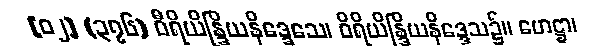
[၀၂] (၃၇၆) ဝီရိယိန္ဒြိယနိဒ္ဒေသေ၊ ဝိရိယိန္ဒြိယနိဒ္ဒေသ၌။ ဟေဋ္ဌာ၊